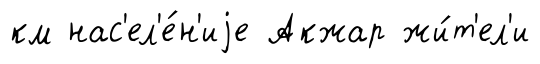
км нас'ел'е́н'иjе Акжар жи́т'ел'и